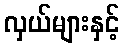
လှယ်များနှင့်